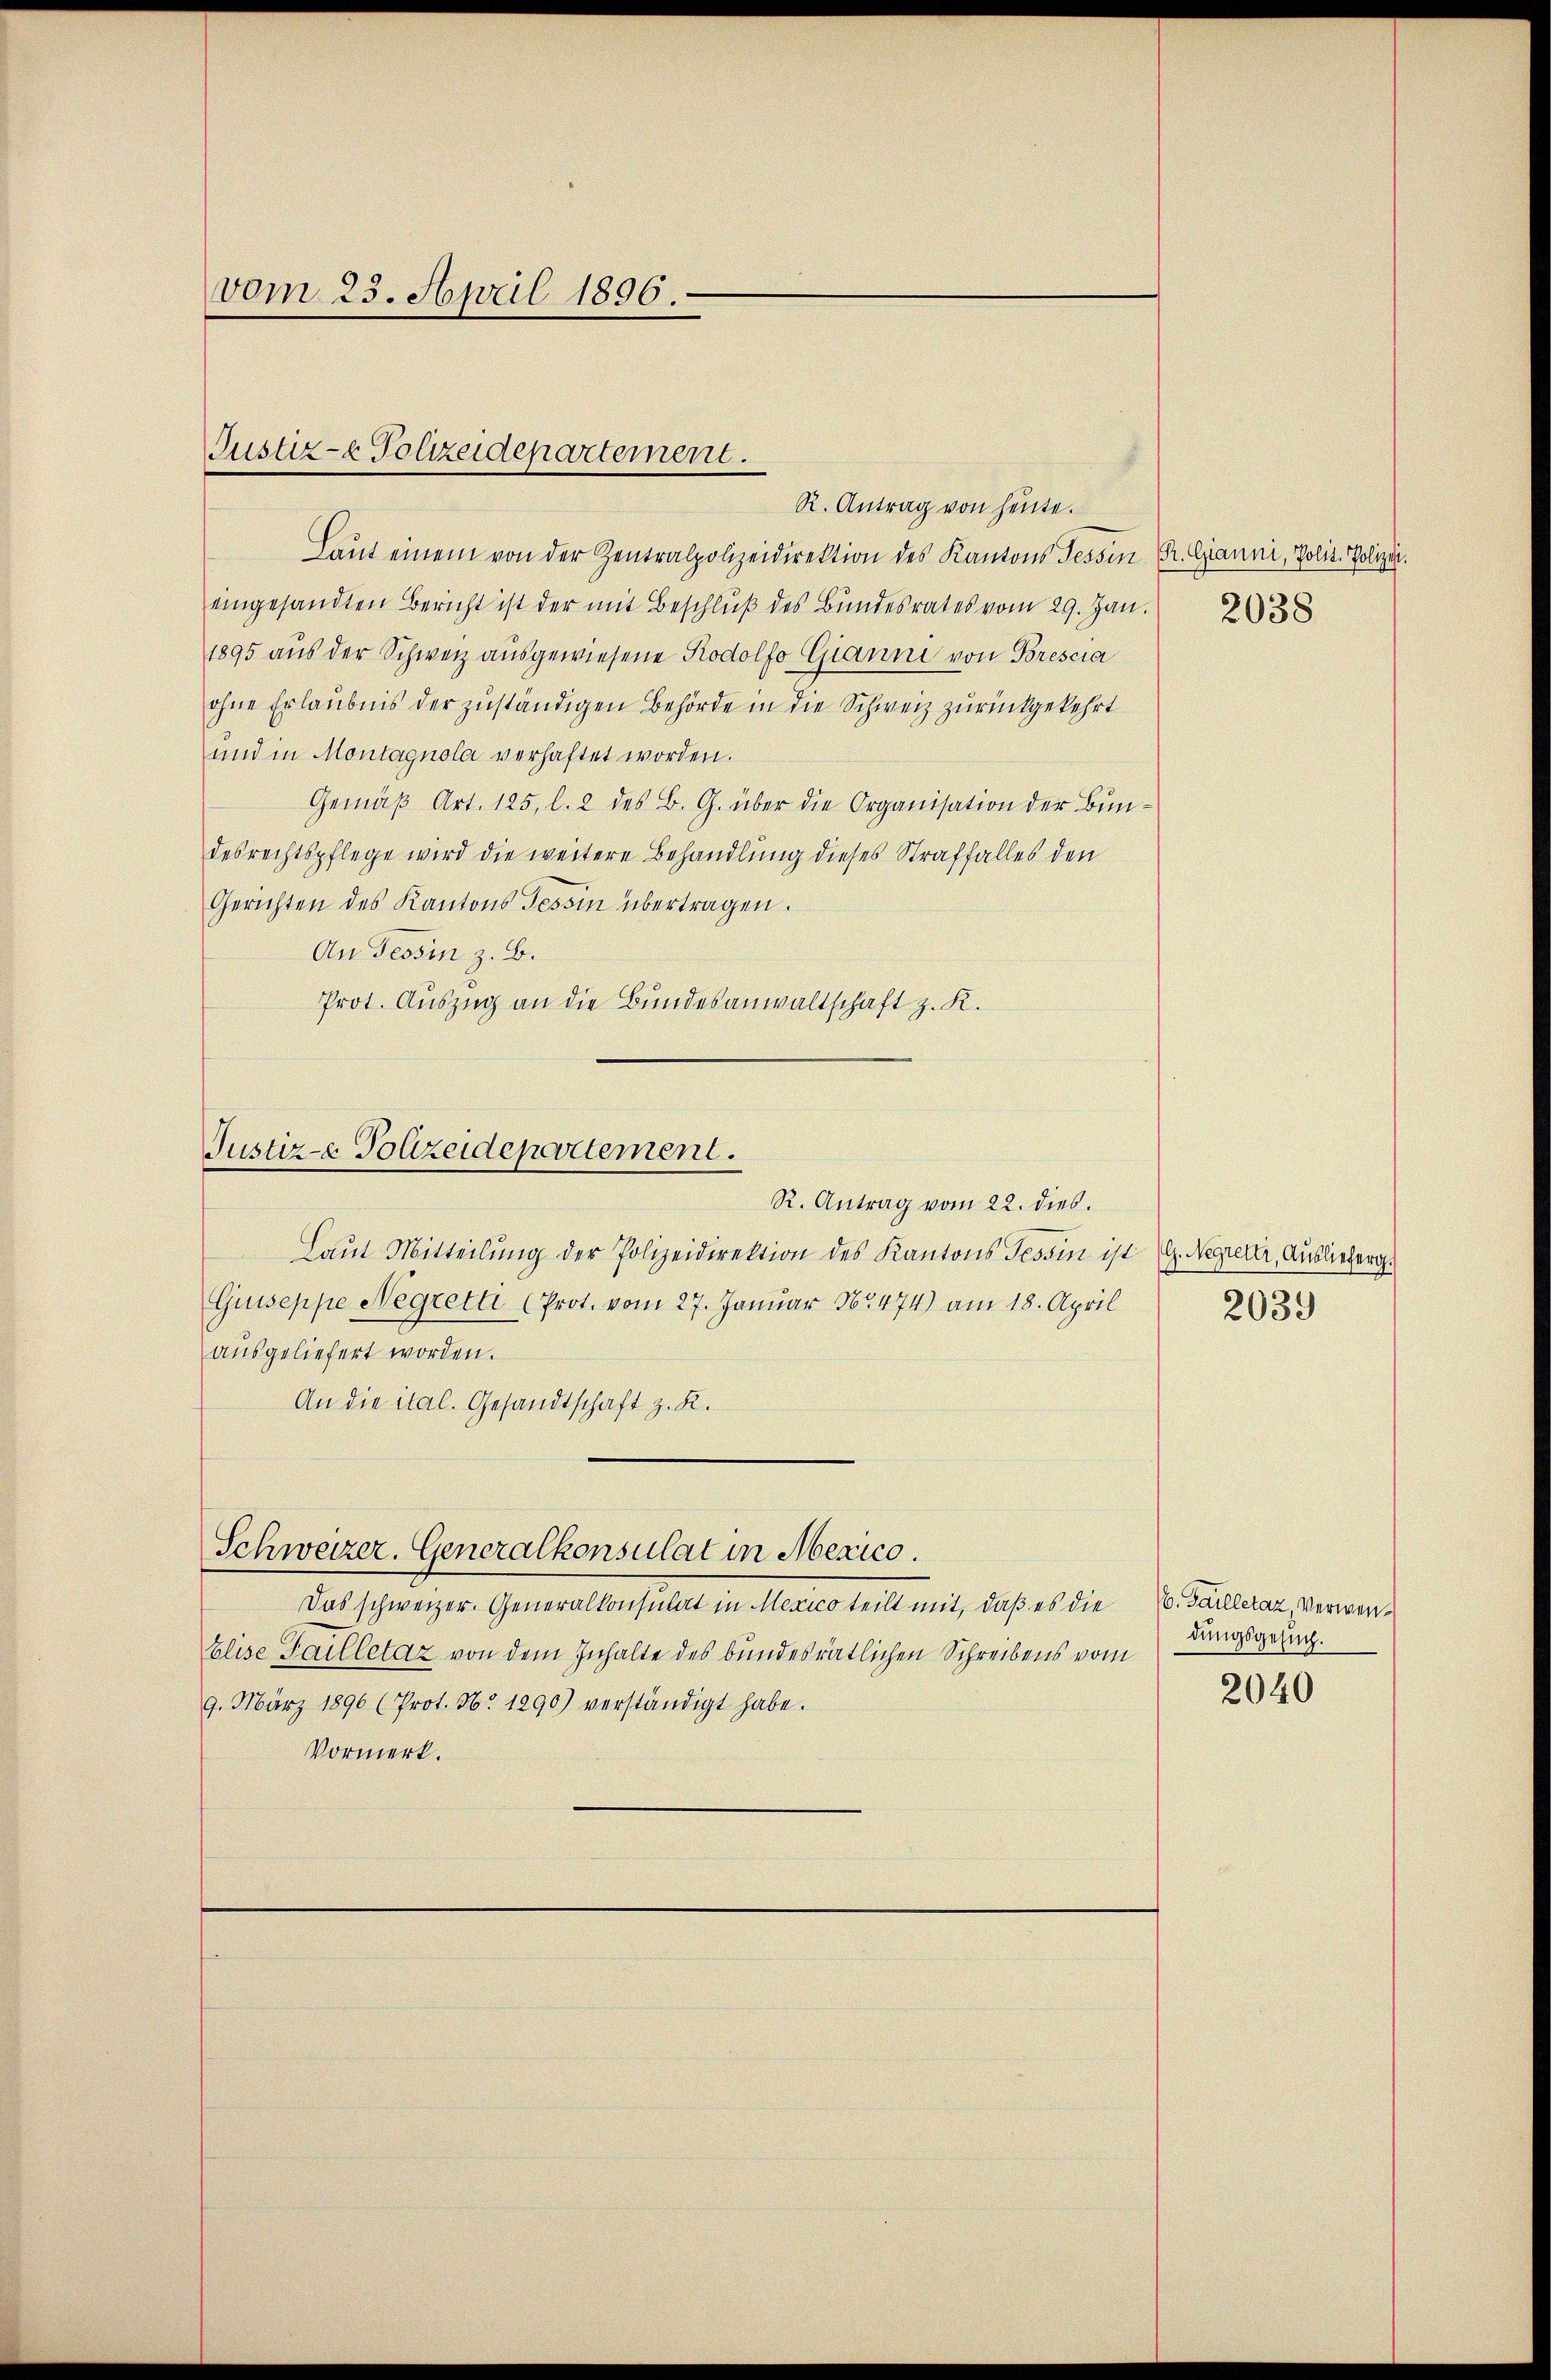
vom 25. April 1896.

Laŭt einem von der Zentralpolizeidirektion des Kantons Tessin Fr. Gianni, Polit. Polizei.
eingesandten Bericht ist der mit Beschluß des Bundesrates vom 29. Jan.
1895 aus der Schweiz ausgewiesene Rodolfo Gianne von Brescia
ohne Erlaubnis der zuständigen Behörde in die Schweiz zurückgekehrt
und in Montagnola verhaftet worden.
Gemäß Art. 125, l. 2 des B. G. über die Organisation der Bundesrechtspflege wird die weitere Behandlung dieses Straffalles den
Gerichten des Kantons Tessin übertragen.
An Tessin z. B.
Prot. Auszug an die Bundesanwaltschaft z. K.

Justiz- & Polizeidepartement.
R. Antrag von heute.

Justiz- Polizeidepartement.

Schweizer. Generalkonsulat in Mexico.

R. Antrag vom 22. dies.
Laut Mitteilung der Polizeidirektion des Kantons Tessin ist G. Negierer, Auslieferg.
Guiseppe Negretti (Prot. vom 27. Januar 1474) am 18. April
ausgeliefert worden.
An die ital. Gesandtschaft z. K.
Das schweizer. Generalkonsulat in Mexico teilt mit, daß es die
Elise Failletaz von dem Inhalte des bundesrätlichen Schreibens vom
9. März 1896 (Prot. N. 1290) verständigt habe.
Vormerk.

2038

2039

(6. Failletaz, Verwendungsgesuch.

2040